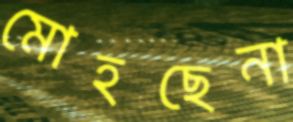
মোহছেনা